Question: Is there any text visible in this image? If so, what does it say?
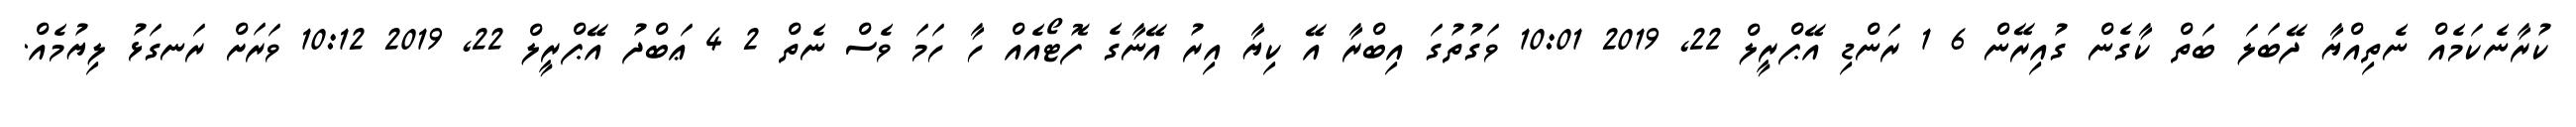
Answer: ކުރާނެކަމެއް ނެތިއްޔާ ދޭބަލަ ބަތް ކާގެން ގުއިރޭން 6 1 ރަންޑި އޭޕްރީލް 22, 2019 10:01 ވަގުތުގަ އިބްރާ އޭ ކިޔާ އިރު އޭނާގެ ފޮޓޯއެއް ހާ ހަމަ ވެސް ނެތް 2 4 ޢަބްދު އޭޕްރީލް 22, 2019 10:12 ވަރަށް ރަނގަޅު ލިޔުމެއް.